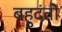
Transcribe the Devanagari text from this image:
बहुदंती